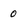
Character: 0